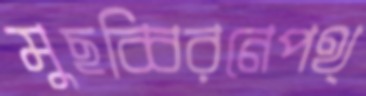
মুছব্বিরনেপথ্